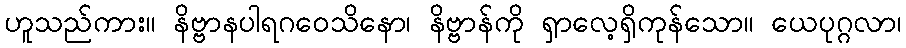
ဟူသည်ကား။ နိဗ္ဗာနပါရဂဝေသိနော၊ နိဗ္ဗာန်ကို ရှာလေ့ရှိကုန်သော။ ယေပုဂ္ဂလာ၊